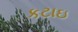
કટાઇ